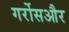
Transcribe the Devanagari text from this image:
गर्रोसऔर